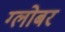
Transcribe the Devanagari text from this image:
ग्लोबर